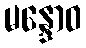
မန္ဒောဝ